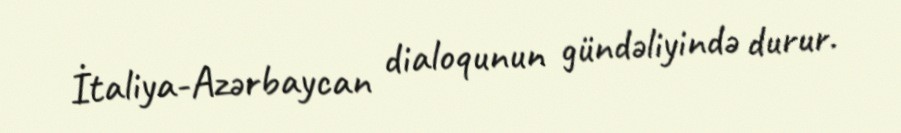
İtaliya-Azərbaycan dialoqunun gündəliyində durur.